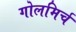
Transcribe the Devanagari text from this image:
गोलमिर्च